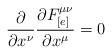
LaTeX: \begin{align*}\frac{\partial}{\partial x^{\nu}}\frac{\partial F_{[e]}^{\mu\nu}}{\partial x^{\mu}} = 0\end{align*}